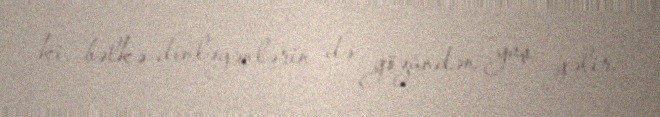
ki, bəlkə dinləyənlərin də gözündən yaş gəlir.